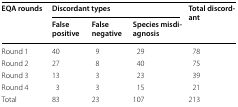
<table><thead><tr><td rowspan="2"><b>EQA rounds</b></td><td colspan="3"><b>Discordant types</b></td><td rowspan="2"><b>Total discordant</b></td></tr><tr><td><b>False positive</b></td><td><b>False negative</b></td><td><b>Species misdiagnosis</b></td></tr></thead><tbody><tr><td>Round 1</td><td>40</td><td>9</td><td>29</td><td>78</td></tr><tr><td>Round 2</td><td>27</td><td>8</td><td>40</td><td>75</td></tr><tr><td>Round 3</td><td>13</td><td>3</td><td>23</td><td>39</td></tr><tr><td>Round 4</td><td>3</td><td>3</td><td>15</td><td>21</td></tr><tr><td>Total</td><td>83</td><td>23</td><td>107</td><td>213</td></tr></tbody></table>